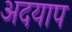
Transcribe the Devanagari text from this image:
अदयाप